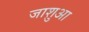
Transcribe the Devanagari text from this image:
जाशुआ